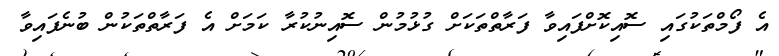
އެ ފޯމްތަކުގައި ސޮއިކޮށްފައިވާ ފަރާތްތަކަށް ގުޅުމުން ސޮއިނުކުރާ ކަމަށް އެ ފަރާތްތަކުން ބުނެފައިވާ